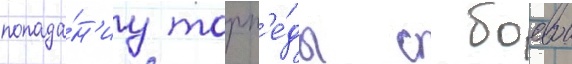
попада́н'иу торп'е́ды с боевои